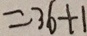
= 3 6 + 1